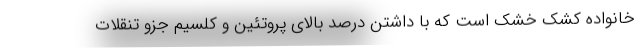
خانواده کشک خشک است که با داشتن درصد بالای پروتئین و کلسیم جزو تنقلات